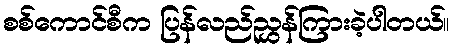
စစ်ကောင်စီက ပြန်လည်ညွှန်ကြားခဲ့ပါတယ်။